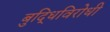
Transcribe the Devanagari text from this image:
बुद्धिविरोधी